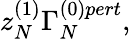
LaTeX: z_{N}^{(1)}\Gamma_{N}^{(0)pert},